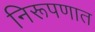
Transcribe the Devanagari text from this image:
निरूपणात